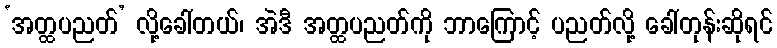
‘အတ္ထပညတ်’ လို့ခေါ်တယ်၊ အဲဒီ အတ္ထပညတ်ကို ဘာကြောင့် ပညတ်လို့ ခေါ်တုန်းဆိုရင်